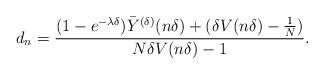
LaTeX: \begin{align*}d_n = \frac{(1- e^{ - \lambda \delta })\bar Y^{(\delta)} (n\delta) + ( \delta V (n\delta) - \frac1N) }{N \delta V (n\delta) - 1 } .\end{align*}